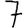
Digit: 7